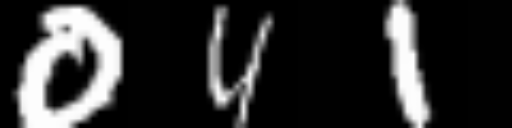
Text: 041